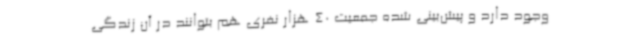
وجود دارد و پیش‌بینی شده جمعیت 40 هزار نفری هم بتوانند در آن زندگی